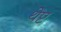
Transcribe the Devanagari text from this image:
थेप्ट